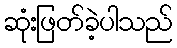
ဆုံးဖြတ်ခဲ့ပါသည်